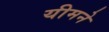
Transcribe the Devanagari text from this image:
यीमने